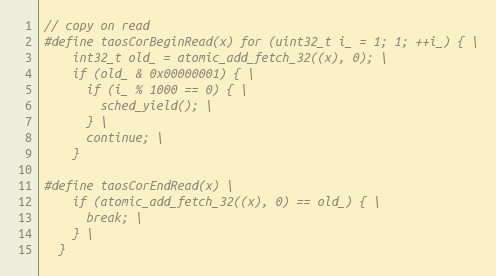
Language: C
// copy on read
#define taosCorBeginRead(x) for (uint32_t i_ = 1; 1; ++i_) { \
    int32_t old_ = atomic_add_fetch_32((x), 0); \
    if (old_ & 0x00000001) { \
      if (i_ % 1000 == 0) { \
        sched_yield(); \
      } \
      continue; \
    }

#define taosCorEndRead(x) \
    if (atomic_add_fetch_32((x), 0) == old_) { \
      break; \
    } \
  }